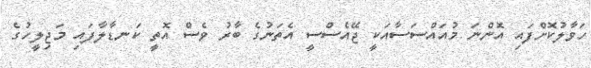
ހަވާލުކޮށްފައި އޮންނަ މުއައްސަސާއަކީ ޖޭއެސްސީ އެތަނުގެ ބާރު ވެސް އޮތީ ކަނޑާލާފައި މަޖިލީހުގެ